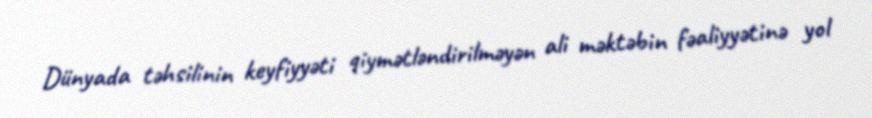
Dünyada təhsilinin keyfiyyəti qiymətləndirilməyən ali məktəbin fəaliyyətinə yol